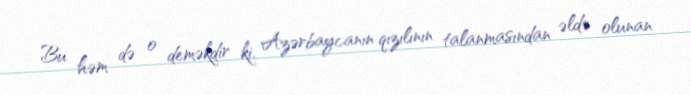
Bu həm də o deməkdir ki, Azərbaycanın qızılının talanmasından əldə olunan